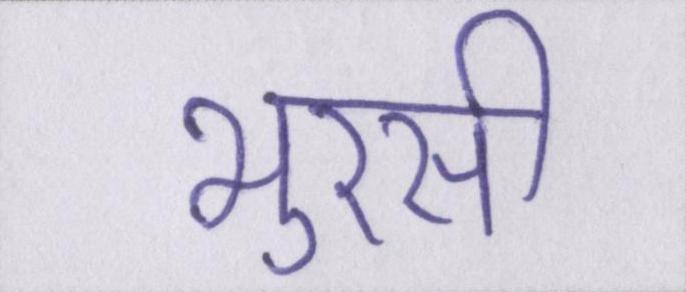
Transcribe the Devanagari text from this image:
भुरसी